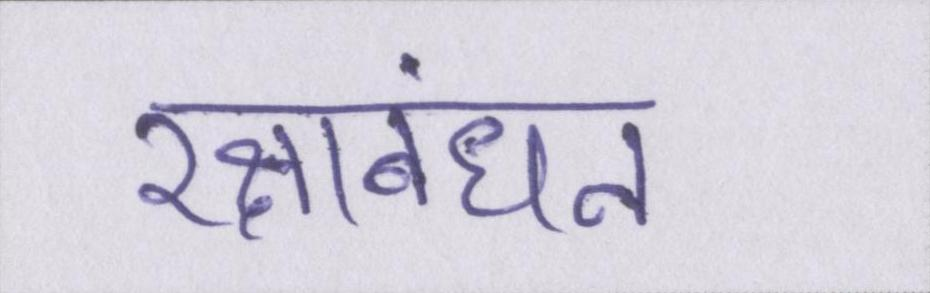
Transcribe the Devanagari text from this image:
रक्षाबंधन